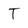
Character: T